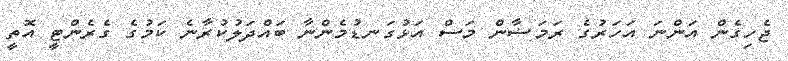
ޖެހިގެން އަންނަ އަހަރުގެ ރަމަޟާން މަސް އަޅުގަނޑުމެންނާ ބައްދަލުކުރާނެ ކަމުގެ ގެރެންޓީ އޮތީ